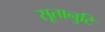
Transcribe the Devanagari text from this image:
सूतानुटि